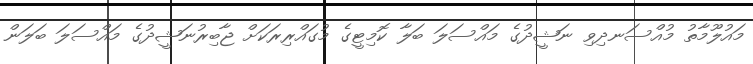
މައުލޫމާތު މުއްސަނދިވި ނަޝީދުގެ މައްސަލަ ބަލާ ކޮމިޓީގެ މުގައްރިރަކަށް ޖާބިރުނަޝީދުގެ މައްސަލަ ބަލަން